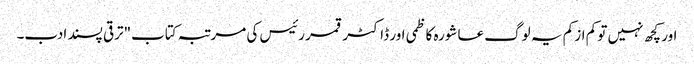
اور کچھ نہیں تو کم از کم یہ لوگ عاشورہ کاظمی اور ڈاکٹر قمر رئیس کی مرتبہ کتاب"ترقی پسند ادب۔